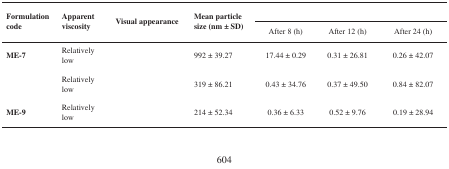
<table><thead><tr><td rowspan="2"><b>Formulation code</b></td><td rowspan="2"><b>Apparent viscosity</b></td><td rowspan="2"><b>Visual appearance</b></td><td rowspan="2"><b>Mean particle size (nm ± SD)</b></td><td colspan="3">[EMPTY_CELL]</td></tr><tr><td><b>After 8 (h)</b></td><td><b>After 12 (h)</b></td><td><b>After 24 (h)</b></td></tr></thead><tbody><tr><td><b>ME-7</b></td><td>Relatively low</td><td>[EMPTY_CELL]</td><td>992 ± 39.27</td><td>17.44 ± 0.29</td><td>0.31 ± 26.81</td><td>0.26 ± 42.07</td></tr><tr><td>[EMPTY_CELL]</td><td>Relatively low</td><td>[EMPTY_CELL]</td><td>319 ± 86.21</td><td>0.43 ± 34.76</td><td>0.37 ± 49.50</td><td>0.84 ± 82.07</td></tr><tr><td><b>ME-9</b></td><td>Relatively low</td><td>[EMPTY_CELL]</td><td>214 ± 52.34</td><td>0.36 ± 6.33</td><td>0.52 ± 9.76</td><td>0.19 ± 28.94</td></tr></tbody></table>